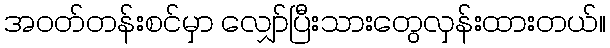
အဝတ်တန်းစင်မှာ လျှော်ပြီးသားတွေလှန်းထားတယ်။